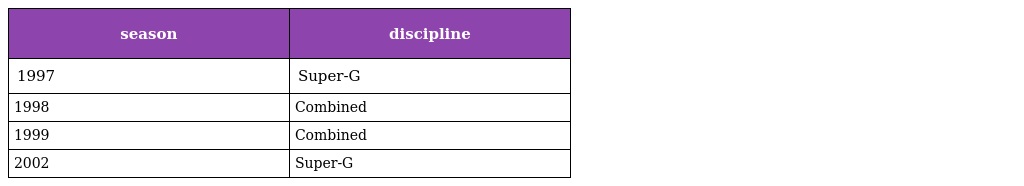
| season | discipline |
 | --- | --- |
 | 1997 | Super-G |
 | 1998 | Combined |
 | 1999 | Combined |
 | 2002 | Super-G |